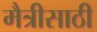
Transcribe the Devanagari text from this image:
मैत्रीसाठी